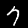
Label: 7